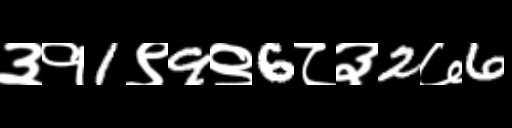
Text: ३१1९9९6८३2७6